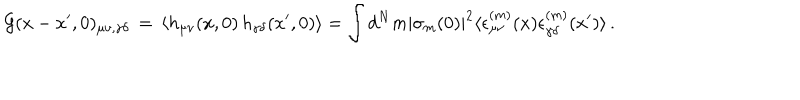
{ \cal G } ( x - x ^ { \prime } , 0 ) _ { \mu \nu , \gamma \delta } \, = \, \langle h _ { \mu \nu } ( x , 0 ) \, h _ { \gamma \delta } ( x ^ { \prime } , 0 ) \rangle = \int d ^ { N } m | \sigma _ { m } ( 0 ) | ^ { 2 } \langle \epsilon _ { \mu \nu } ^ { ( m ) } ( x ) \epsilon _ { \gamma \delta } ^ { ( m ) } ( x ^ { \prime } ) \rangle \, .